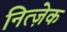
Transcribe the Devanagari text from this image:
नित्ज़ेक